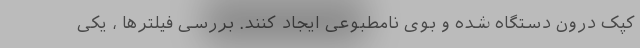
کپک درون دستگاه شده و بوی نامطبوعی ایجاد کنند. بررسی فیلترها ، یکی